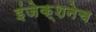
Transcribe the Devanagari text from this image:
इंजेक्शनेच